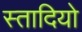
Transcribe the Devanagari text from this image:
स्तादियो